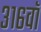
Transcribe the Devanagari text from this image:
३१६वॉ